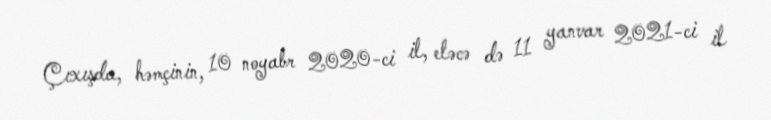
Çıxışda, həmçinin, 10 noyabr 2020-ci il, eləcə də 11 yanvar 2021-ci il